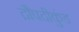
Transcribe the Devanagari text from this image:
द्रौपदीकुंड